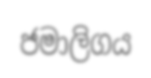
ජමාලිගය